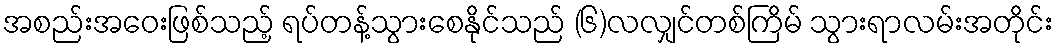
အစည်းအဝေးဖြစ်သည့် ရပ်တန့်သွားစေနိုင်သည် (၆)လလျှင်တစ်ကြိမ် သွားရာလမ်းအတိုင်း